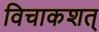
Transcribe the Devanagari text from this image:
विचाकशत्